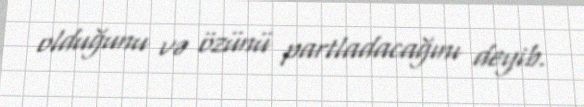
olduğunu və özünü partladacağını deyib.